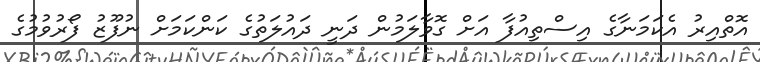
އޮތްއިރު އެކަމަނާގެ އިސްތިއުފާ އަށް ގޮވާލަމުން ދަނީ ދައުލަތުގެ ކަންކަމަށް ނުފޫޒު ފޯރުވުމުގެ